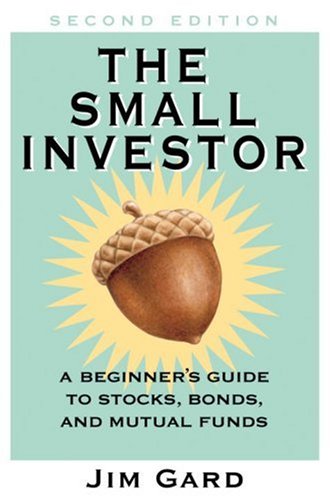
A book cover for The Small Investor: A Beginner's Guide to Stocks, Bonds, and Mututal Funds; Jim Gard; Business & Money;